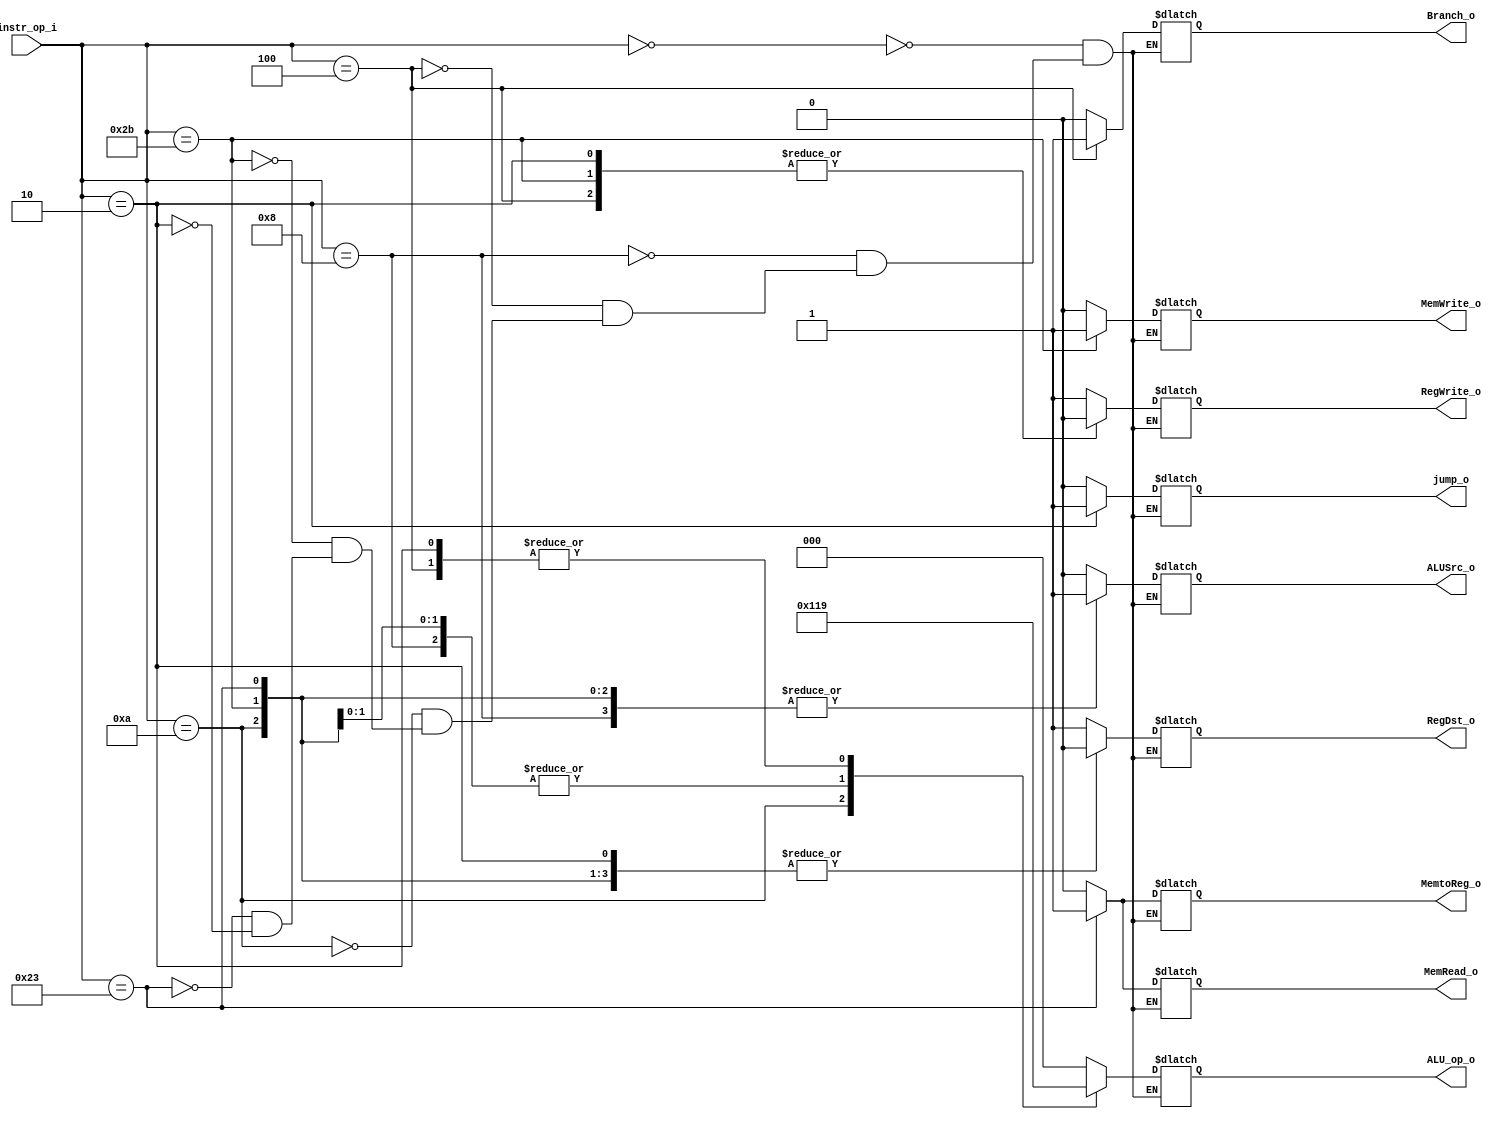
//Subject:     CO project 2 - Decoder
//--------------------------------------------------------------------------------
//Version:     1
//--------------------------------------------------------------------------------
//Writer:      Ling Yin-Tao
//----------------------------------------------
//Date:        5/2
//----------------------------------------------
//Description: 0516320
//--------------------------------------------------------------------------------

module Decoder(
    instr_op_i,
	RegWrite_o,
	ALU_op_o,
	ALUSrc_o,
	RegDst_o,
	Branch_o,
	MemRead_o,
	MemWrite_o,
	MemtoReg_o,
	jump_o
	);
     
//I/O ports
input  [6-1:0] instr_op_i;

output         RegWrite_o;
output [3-1:0] ALU_op_o;
output         ALUSrc_o;
output         RegDst_o;
output         Branch_o;
output         MemRead_o;
output         MemWrite_o;
output         MemtoReg_o;
output         jump_o;


 
//Internal Signals
reg    [3-1:0] ALU_op_o;
reg            ALUSrc_o;
reg            RegWrite_o;
reg            RegDst_o;
reg            Branch_o;
reg            MemRead_o;
reg            MemWrite_o;
reg            MemtoReg_o;
reg            jump_o;

//Parameter


//Main function
always@(*)begin
	case(instr_op_i)
        6'b000000: // R-type > 0
		begin
			RegWrite_o=1;
			ALUSrc_o=0;
			RegDst_o=1;
			Branch_o=0;
			MemRead_o=0;
			MemWrite_o=0;
			MemtoReg_o=0;
			jump_o=0;
			ALU_op_o[3-1:0]=3'b000;			
		end
		6'b001000: // I-type ADDi > 8
        begin
            RegWrite_o=1;
            ALUSrc_o=1;
            RegDst_o=0;
            Branch_o=0;
			MemRead_o=0;
			MemWrite_o=0;
			MemtoReg_o=0;
			jump_o=0;
            ALU_op_o[3-1:0]=3'b011;
        end
        6'b000100: // BEQ > 4
        begin
            RegWrite_o=0;
            ALUSrc_o=0;
            RegDst_o=0;
            Branch_o=1;
			MemRead_o=0;
			MemWrite_o=0;
			MemtoReg_o=0;
			jump_o=0;
            ALU_op_o[3-1:0]=3'b001;
        end
        6'b001010: // SLTi > 10
        begin
            RegWrite_o=1;
            ALUSrc_o=1;
            RegDst_o=0;
            Branch_o=0;
			MemRead_o=0;
			MemWrite_o=0;
			MemtoReg_o=0;
			jump_o=0;
            ALU_op_o[3-1:0]=3'b100;
        end
        6'b101011: // sw > 101011
        begin
            RegWrite_o=0;
            ALUSrc_o=1;
            RegDst_o=0;
            Branch_o=0;
			MemRead_o=0;
			MemWrite_o=1;
			MemtoReg_o=0;
			jump_o=0;
            ALU_op_o[3-1:0]=3'b011;
        end
        6'b100011: // lw > 100011
        begin
            RegWrite_o=1;
            ALUSrc_o=1;
            RegDst_o=0;
            Branch_o=0;
			MemRead_o=1;
			MemWrite_o=0;
			MemtoReg_o=1;
			jump_o=0;
            ALU_op_o[3-1:0]=3'b011;
        end
        6'b000010: // j > 2
        begin
            RegWrite_o=0;
            ALUSrc_o=0;
            RegDst_o=0;
            Branch_o=0;
			MemRead_o=0;
			MemWrite_o=0;
			MemtoReg_o=0;
			jump_o=1;
            ALU_op_o[3-1:0]=3'b001;
        end
        default:   // Set R-type
        begin
            RegWrite_o=RegWrite_o;
            ALUSrc_o=ALUSrc_o;
            RegDst_o=RegDst_o;
            Branch_o=Branch_o;
			MemRead_o=MemRead_o;
			MemWrite_o=MemWrite_o;
			MemtoReg_o=MemtoReg_o;
			jump_o=jump_o;
            ALU_op_o=ALU_op_o;
        end

	endcase
end

endmodule